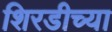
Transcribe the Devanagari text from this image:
शिरडीच्या